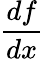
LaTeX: \frac{df}{dx}